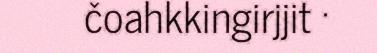
čoahkkingirjjit ·